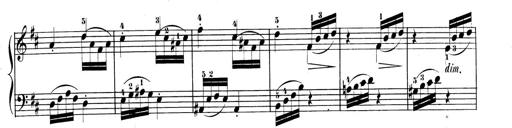
Title: 3 Sonatinen, Op.8
Composer: Isidor Wilhelm Seiss